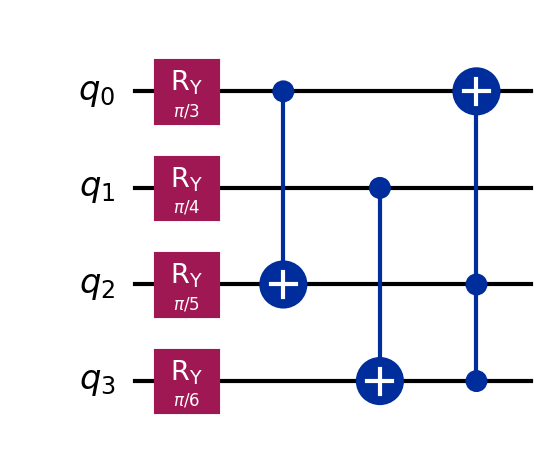
Description: Quantum sealed-bid auction
描述: 量子密封投标拍卖
Category: blockchain_extended (difficulty: advanced)
Qubits: 4, circuit depth: 3
Blockchain relevance: extended_protocol

Braket implementation:
import math
from braket.circuits import Circuit
circuit = Circuit()
circuit.ry(0, math.pi/3).ry(1, math.pi/4).ry(2, math.pi/5).ry(3, math.pi/6)
circuit.cnot(0, 2).cnot(1, 3)
circuit.ccnot(2, 3, 0)